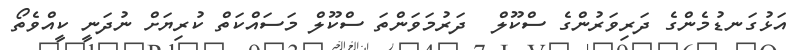
އަޅުގަނޑުމެންގެ ދަރިވަރުންގެ ސްކޫލް  ދަރުމަވަންތަ ސްކޫލް މަސައްކަތް ކުރިޔަށް ނުދަނީ ކީއްވެތޯ